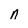
Character: n